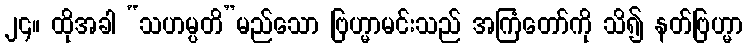
၂၄။ ထိုအခါ “သဟမ္ပတိ”မည်သော ဗြဟ္မာမင်းသည် အကြံတော်ကို သိ၍ နတ်ဗြဟ္မာ